Vaccination in Bombay 1856-1862 - 1856-1862
Year: 1856
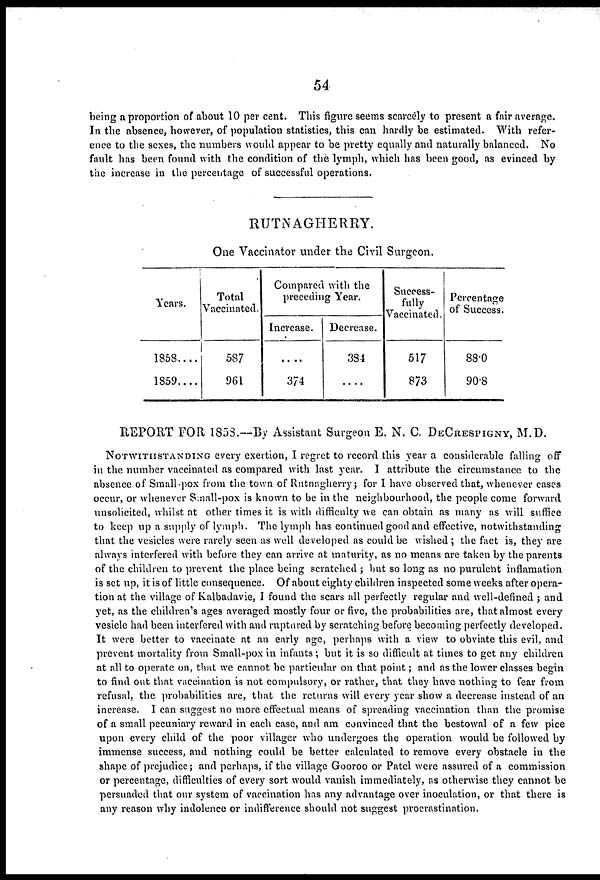
54
being a proportion of about 10 per cent. This figure seems scarcely to present a fair average.
In the absence, however, of population statistics, this can hardly be estimated. With refer-
ence to the sexes, the numbers would appear to be pretty equally and naturally balanced. No
fault has been found with the condition of the lymph, which has been good, as evinced by
the increase in the percentage of successful operations.
RUTNAGHERRY.
One Vaccinator under the Civil Surgeon.
Years.
1858....
1859....
Total
Vaccinated.
587
961
Compared with the
preceding Year.
Increase.
....
374
Decrease.
384
...
Success-
fully
Vaccinated.
517
873
Percentage
of Success.
88.0
90.8
REPORT FOR 1858.—By Assistant Surgeon E. N. C. DECRESPIGNY, M.D.
NOTWITHSTANDING every exertion, I regret to record this year a considerable falling off
in the number vaccinated as compared with last year. I attribute the circumstance to the
absence of Small-pox from the town of Rutnagherry ; for I have observed that, whenever cases
occur, or whenever Small-pox is known to be in the neighbourhood, the people come forward
unsolicited, whilst at other times it is with difficulty we can obtain as many as will suffice
to keep up a supply of lymph. The lymph has continued good and effective, notwithstanding
that the vesicles were rarely seen as well developed as could be wished ; the fact is, they are
always interfered with before they can arrive at maturity, as no means are taken by the parents
of the children to prevent the place being scratched ; but so long as no purulent inflamation
is set up, it is of little consequence. Of about eighty children inspected some weeks after opera-
tion at the village of Kalbadavie, I found the scars all perfectly regular and well-defined ; and
yet, as the children's ages averaged mostly four or five, the probabilities are, that almost every
vesicle had been interfered with and ruptured by scratching before becoming perfectly developed.
It were better to vaccinate at an early age, perhaps with a view to obviate this evil, and
prevent mortality from Small-pox in infants; but it is so difficult at times to get any children
at all to operate on, that we cannot be particular on that point; and as the lower classes begin
to find out that vaccination is not compulsory, or rather, that they have nothing to fear from
refusal, the probabilities are, that the returns will every year show a decrease instead of an
increase. I can suggest no more effectual means of spreading vaccination than the promise
of a small pecuniary reward in each case, and am convinced that the bestowal of a few pice
upon every child of the poor villager who undergoes the operation would be followed by
immense success, and nothing could be better calculated to remove every obstacle in the
shape of prejudice; and perhaps, if the village Gooroo or Patel were assured of a commission
or percentage, difficulties of every sort would vanish immediately, as otherwise they cannot be
persuaded that our system of vaccination has any advantage over inoculation, or that there is
any reason why indolence or indifference should not suggest procrastination.